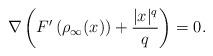
LaTeX: \begin{align*}\nabla\left(F'\left(\rho_\infty(x)\right)+\frac{|x|^{q}}{q}\right)=0.\end{align*}